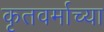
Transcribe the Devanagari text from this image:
कृतवर्माच्या